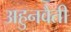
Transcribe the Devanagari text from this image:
अहुनवैती